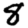
Digit: 8